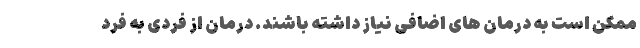
ممکن است به درمان های اضافی نیاز داشته باشند. درمان از فردی به فرد